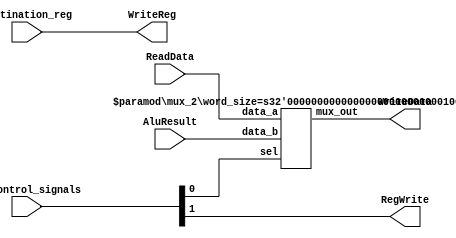
module WBStage (WriteReg, WriteData, RegWrite, ReadData, AluResult, destination_reg, wb_control_signals);
    parameter word_size = 32;
    parameter reg_size = 5;
    
    output [word_size-1:0] WriteData;
    output [reg_size-1:0] WriteReg;
    output RegWrite;

    input [1:0] wb_control_signals;
    input [word_size-1:0] ReadData;
    input [reg_size-1:0] destination_reg;
    input [word_size-1:0] AluResult;

    wire MemtoReg;
    assign {RegWrite, MemtoReg} = wb_control_signals;
    assign WriteReg = destination_reg;
    
    //instantiate module
    mux_2 MUX3(WriteData, ReadData, AluResult, MemtoReg);
    defparam MUX3.word_size = 32;
    
endmodule

module mux_2 (mux_out, data_a, data_b, sel);
  parameter word_size = 1;
  
  output reg [word_size-1: 0] mux_out;
  input [word_size-1: 0] data_a, data_b;
  input sel;

  always @ (*) begin
  	mux_out = (sel == 0) ? data_a: data_b; 
  end
  
endmodule